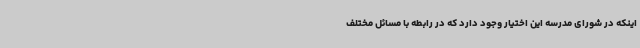
اینکه در شورای مدرسه این اختیار وجود دارد که در رابطه با مسائل مختلف